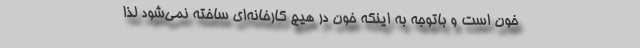
خون است و باتوجه به اینکه خون در هیچ کارخانه‌ای ساخته نمی‌شود لذا